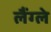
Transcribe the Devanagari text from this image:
लैंग्ले